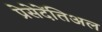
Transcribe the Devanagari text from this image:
प्रेसेदेंतिअल